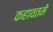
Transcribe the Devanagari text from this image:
कहावतमें